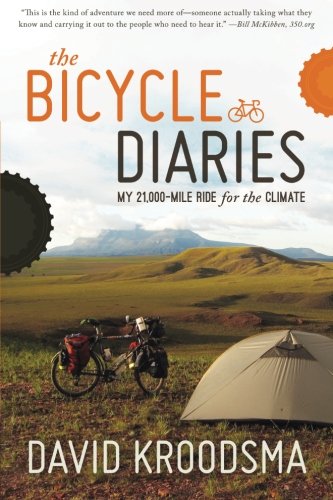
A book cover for The Bicycle Diaries; David Kroodsma; Travel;